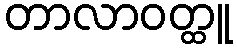
တာလာဝတ္ထူ